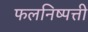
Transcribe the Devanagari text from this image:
फलनिष्पत्ती